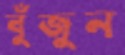
বুঁজুন